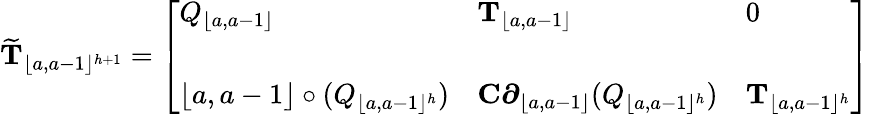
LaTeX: \widetilde{\mathbf{T}}_{\lfloor a,a-1\rfloor^{h+1}}=\left[\begin{array}{lll}{Q_{\lfloor a,a-1\rfloor}}&{\mathbf{T}_{\lfloor a,a-1\rfloor}}&{0}\\ {\quad}&{\quad}\\ {\lfloor a,a-1\rfloor\circ(Q_{\lfloor a,a-1\rfloor^{h}})}&{\mathbf{C}\boldsymbol{\partial}_{\lfloor a,a-1\rfloor}(Q_{\lfloor a,a-1\rfloor^{h}})}&{\mathbf{T}_{\lfloor a,a-1\rfloor^{h}}}\end{array}\right]